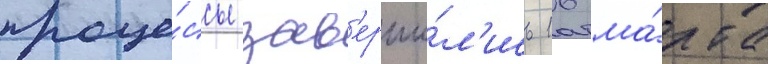
проце́ссы зав'ерши́л'ись 16 ма́рта